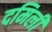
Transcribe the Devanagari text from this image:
दमिली